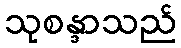
သုစန္ဒာသည်